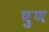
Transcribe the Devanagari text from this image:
घुण